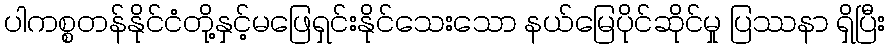
ပါကစ္စတန်နိုင်ငံတို့နှင့်မဖြေရှင်းနိုင်သေးသော နယ်မြေပိုင်ဆိုင်မှု ပြဿနာ ရှိပြီး